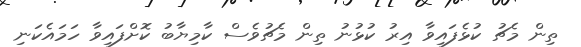
ތިން މެޗު ކުޅެފައިވާ އިރު ކުޅުނު ތިން މެޗުވެސް ކާމިޔާބު ކޮށްފައިވާ ހަމައެކަނި